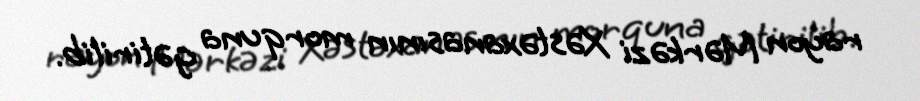
rayon Mərkəzi Xəstəxanasının morquna gətirilib.